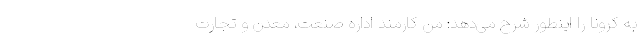
به کرونا را اینطور شرح می‌دهد: من کارمند اداره صنعت، معدن و تجارت